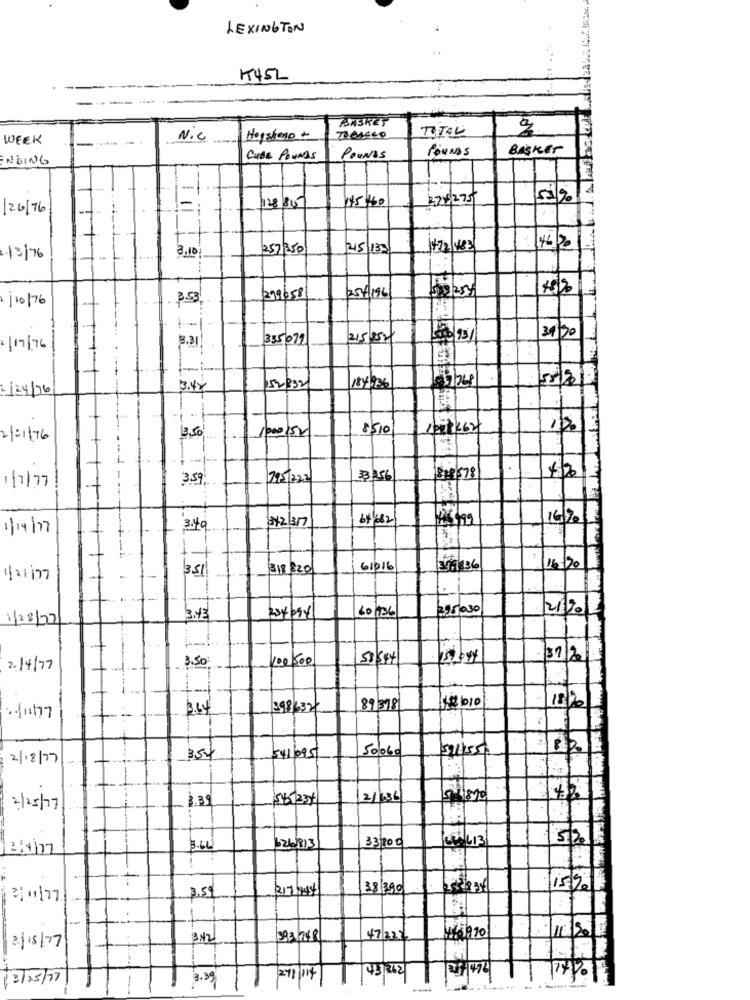
LEXINGTON
IT45L
BASKET
TOTAL
WEEK
------
Nic
Hershenp +
TABASCO
POUNDS
Basker
NDING
CUBE POUNDS
POUNDS
-
145 1160
374275
52%
/26/76
128/815
3.10
257350
45/133
z. 13/76
/10/ 76
3.53,
299658
25/196
1-1-
31 30
335071
215/252
08/93
2/19/76
3.21
1 /24/76
3.42
52332
1000152
8510
12.1
2/01/76
13,50'
3.59.
795/222
33256
1218 578
:[1177
12 317
64/682
16/70/1
1/19/77
3.49
TE
T
351
318 820
61016
/16/20
1/21/77
1
60/136
225 030
2/20
1/28/27
3.43
3.50
100500
/31/2
2.14/77
La bio
3.64
398632
89/378
·111/77
50/060
591550
2/ 18/77
354
541/095
3.39
565234
21/03/
2/25/77
33/200
3.66
626/813
3.5
317/4/
38 390
15%.
3/11/77
3:42
383748
47 222
2/18/77
13/05/77
3.39
271 114